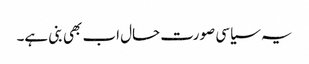
یہ سیاسی صورت حال اب بھی بنی ہے۔